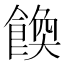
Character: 𩝆